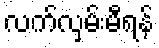
လက်လှမ်းမီရန်